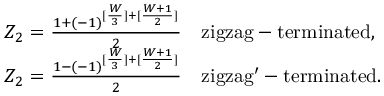
\begin{array} { r l } & { Z _ { 2 } = \frac { 1 + ( - 1 ) ^ { [ \frac { W } { 3 } ] + [ \frac { W + 1 } { 2 } ] } } { 2 } \quad \mathrm { z i g z a g - t e r m i n a t e d } , } \\ & { Z _ { 2 } = \frac { 1 - ( - 1 ) ^ { [ \frac { W } { 3 } ] + [ \frac { W + 1 } { 2 } ] } } { 2 } \quad \mathrm { z i g z a g ^ { \prime } - t e r m i n a t e d } . } \end{array}